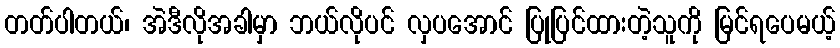
တတ်ပါတယ်၊ အဲဒီလိုအခါမှာ ဘယ်လိုပင် လှပအောင် ပြုပြင်ထားတဲ့သူကို မြင်ရပေမယ့်